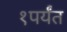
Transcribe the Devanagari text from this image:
१पर्यंत